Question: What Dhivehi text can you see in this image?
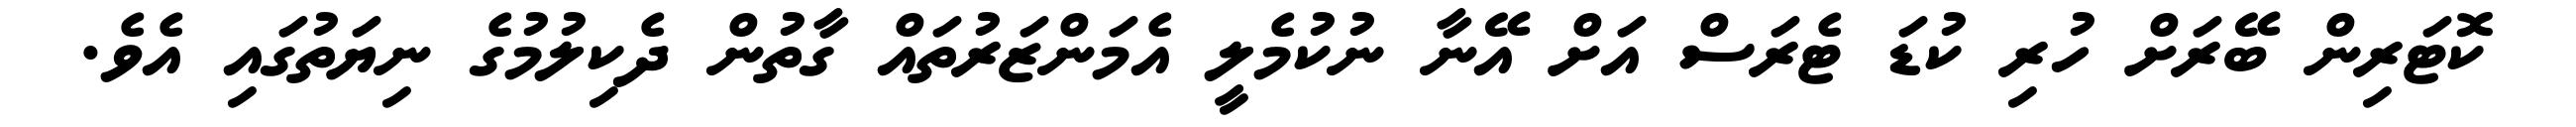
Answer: ކޮޓަރިން ބޭރަށް ހުރި ކުޑަ ޓެރަސް އަށް އޭނާ ނުކުމެލީ އެމަންޒަރުތައް ގާތުން ދެކިލުމުގެ ނިޔަތުގައި އެވެ.